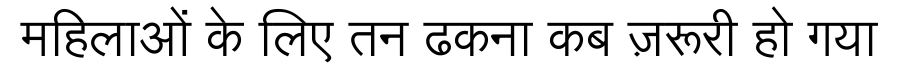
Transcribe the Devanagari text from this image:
महिलाओं के लिए तन ढकना कब ज़रूरी हो गया